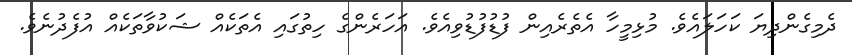
ދެމިގެންދިޔަ ކަހަލައެވެ. މުޅިމީހާ އެތެރެއިން ފުޑުފުޑުވިއެވެ. އަހަރެންގެ ހިތުގައި އެތަކެއް ޝަކުވާތަކެއް އުފެދުނެވެ.